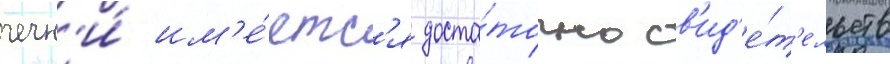
чечн'и́ им'е́етс'я доста́точно св'ид'е́т'ельств